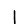
Digit: 1